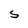
Character: S